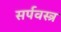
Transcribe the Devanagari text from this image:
सर्पवस्त्र